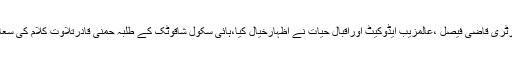
پروگرام میں پاکستان پیپلزپارٹی ضلع چترال کے جنرل سیکرٹری محمدحکیم ایڈوکیٹ ،ضلعی انفارمیشن سیکرٹری قاضی فیصل ،عالمزیب ایڈوکیٹ اوراقبال حیات نے اظہارخیال کیا،ہائی سکول شاقوٹک کے طلبہ حمنٰی قادرتلاوت کلام کی سعادت حاصل کی جبکہ شہلہ مہنازحمدباری تعالیٰ اورعلیہ حیات نعت مقبول پیش کرنے کی سعادت حاصل کی۔